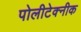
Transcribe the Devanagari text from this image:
पोलीटेक्नीक